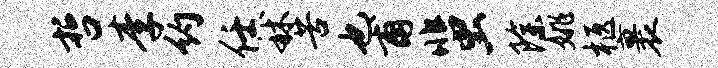
哲李约任秫苦也甫蜚除姚柩裹